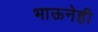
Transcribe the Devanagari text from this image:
भाऊनेही